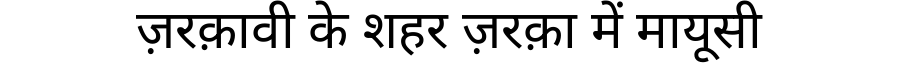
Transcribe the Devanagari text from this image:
ज़रक़ावी के शहर ज़रक़ा में मायूसी